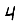
Digit: 4